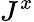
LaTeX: J^{x}